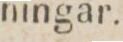
ningar.